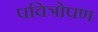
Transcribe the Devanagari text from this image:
पवित्रोपण